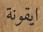
ايقونة